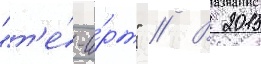
"т'е́-а́рт" // В 2015